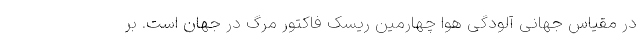
در مقیاس جهانی آلودگی هوا چهارمین ریسک فاکتور مرگ در جهان است. بر